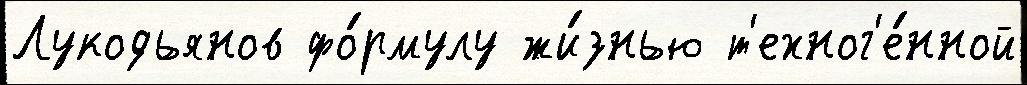
Лукодьянов фо́рмулу жи́знью т'ехног'е́нной